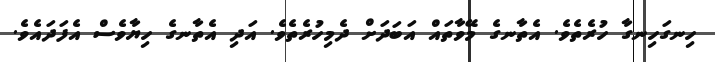
ހިނގަހިނގާ ހުރެތެވެ. އެތާނގެ މޭވާތައް އަބަދަށް ދެމިހުރެތެވެ. އަދި އެތާނގެ ހިޔާވެސް އެފަދައެވެ.